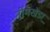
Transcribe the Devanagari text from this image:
नीमखेडा़